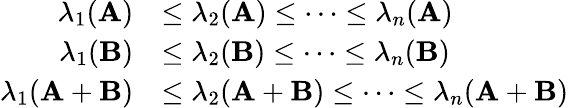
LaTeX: \begin{array}{rl}{\lambda_{1}(\mathbf{A})}&{\le\lambda_{2}(\mathbf{A})\le\cdots\le\lambda_{n}(\mathbf{A})}\\ {\lambda_{1}(\mathbf{B})}&{\le\lambda_{2}(\mathbf{B})\le\cdots\le\lambda_{n}(\mathbf{B})}\\ {\lambda_{1}(\mathbf{A}+\mathbf{B})}&{\le\lambda_{2}(\mathbf{A}+\mathbf{B})\le\cdots\le\lambda_{n}(\mathbf{A}+\mathbf{B})}\end{array}